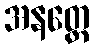
အနတ္ထေ